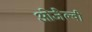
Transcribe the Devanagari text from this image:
ओजैल्वी